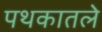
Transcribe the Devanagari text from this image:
पथकातले